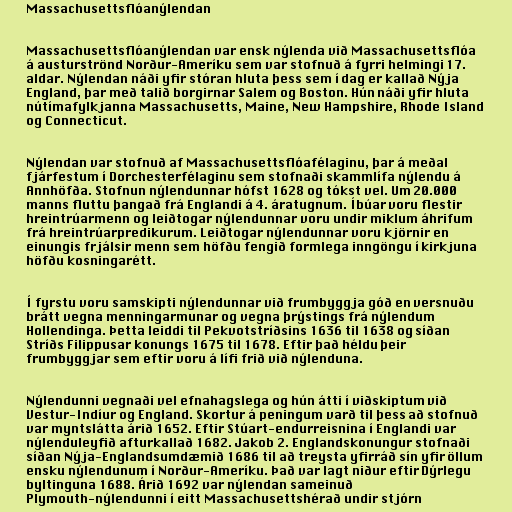
Massachusettsflóanýlendan

Massachusettsflóanýlendan var ensk nýlenda við Massachusettsflóa
á austurströnd Norður-Ameríku sem var stofnuð á fyrri helmingi 17.
aldar. Nýlendan náði yfir stóran hluta þess sem í dag er kallað Nýja
England, þar með talið borgirnar Salem og Boston. Hún náði yfir hluta
nútímafylkjanna Massachusetts, Maine, New Hampshire, Rhode Island
og Connecticut.

Nýlendan var stofnuð af Massachusettsflóafélaginu, þar á meðal
fjárfestum í Dorchesterfélaginu sem stofnaði skammlífa nýlendu á
Annhöfða. Stofnun nýlendunnar hófst 1628 og tókst vel. Um 20.000
manns fluttu þangað frá Englandi á 4. áratugnum. Íbúar voru flestir
hreintrúarmenn og leiðtogar nýlendunnar voru undir miklum áhrifum
frá hreintrúarpredikurum. Leiðtogar nýlendunnar voru kjörnir en
einungis frjálsir menn sem höfðu fengið formlega inngöngu í kirkjuna
höfðu kosningarétt.

Í fyrstu voru samskipti nýlendunnar við frumbyggja góð en versnuðu
brátt vegna menningarmunar og vegna þrýstings frá nýlendum
Hollendinga. Þetta leiddi til Pekvotstríðsins 1636 til 1638 og síðan
Stríðs Filippusar konungs 1675 til 1678. Eftir það héldu þeir
frumbyggjar sem eftir voru á lífi frið við nýlenduna.

Nýlendunni vegnaði vel efnahagslega og hún átti í viðskiptum við
Vestur-Indíur og England. Skortur á peningum varð til þess að stofnuð
var myntslátta árið 1652. Eftir Stúart-endurreisnina í Englandi var
nýlenduleyfið afturkallað 1682. Jakob 2. Englandskonungur stofnaði
síðan Nýja-Englandsumdæmið 1686 til að treysta yfirráð sín yfir öllum
ensku nýlendunum í Norður-Ameríku. Það var lagt niður eftir Dýrlegu
byltinguna 1688. Árið 1692 var nýlendan sameinuð
Plymouth-nýlendunni í eitt Massachusettshérað undir stjórn